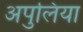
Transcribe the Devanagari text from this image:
अपुलिया